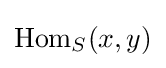
{\text{Hom}}_{S}(x,y)